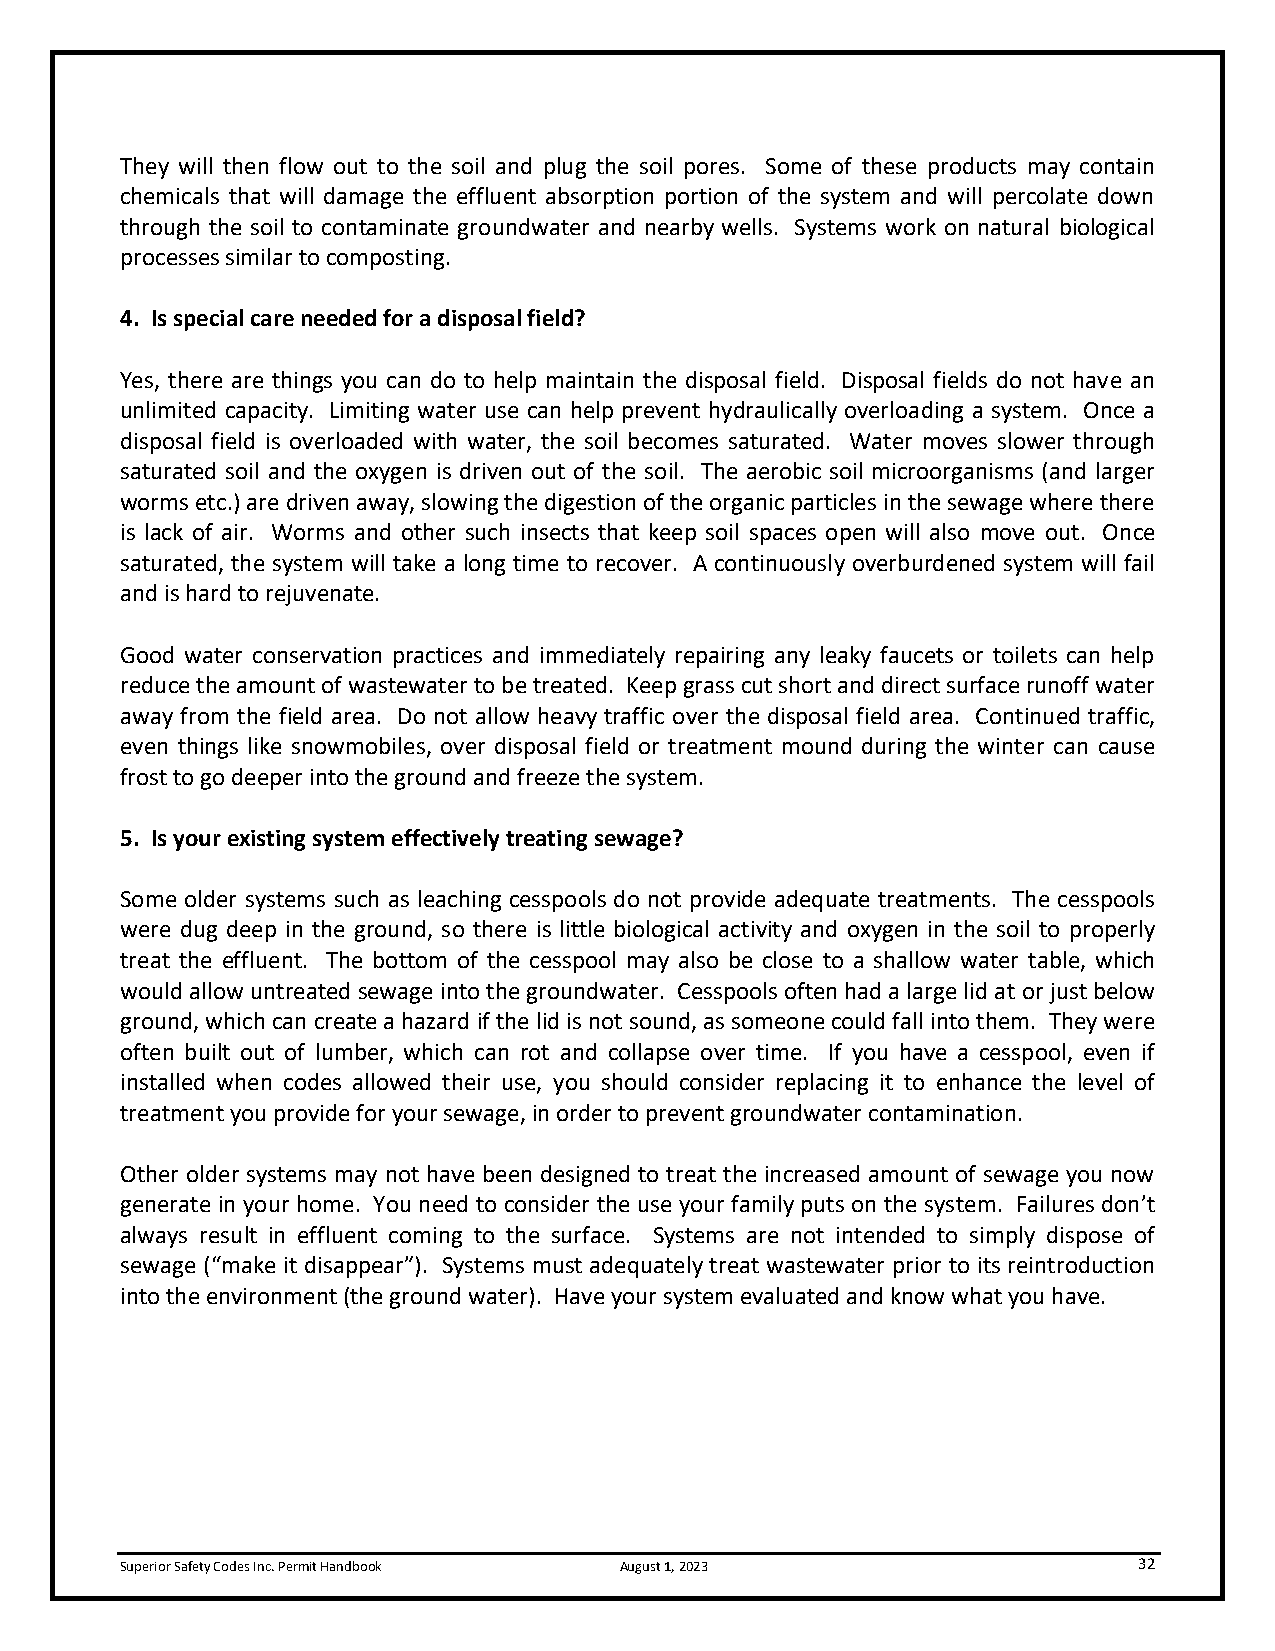
They will then flow out to the soil and plug the soil pores. Some of these products may contain
 chemicals that will damage the effluent absorption portion of the system and will percolate down
 through the soil to contaminate groundwater and nearby wells. Systems work on natural biological
 processes similar to composting.
 4. Is special care needed for a disposal field?
 Yes, there are things you can do to help maintain the disposal field. Disposal fields do not have an
 unlimited capacity. Limiting water use can help prevent hydraulically overloading a system. Once a
 disposal field is overloaded with water, the soil becomes saturated. Water moves slower through
 saturated soil and the oxygen is driven out of the soil. The aerobic soil microorganisms (and larger
 worms etc.) are driven away, slowing the digestion of the organic particles in the sewage where there
 is lack of air. Worms and other such insects that keep soil spaces open will also move out. Once
 saturated, the system will take a long time to recover. A continuously overburdened system will fail
 and is hard to rejuvenate.
 Good water conservation practices and immediately repairing any leaky faucets or toilets can help
 reduce the amount of wastewater to be treated. Keep grass cut short and direct surface runoff water
 away from the field area. Do not allow heavy traffic over the disposal field area. Continued traffic,
 even things like snowmobiles, over disposal field or treatment mound during the winter can cause
 frost to go deeper into the ground and freeze the system.
 5. Is your existing system effectively treating sewage?
 Some older systems such as leaching cesspools do not provide adequate treatments. The cesspools
 were dug deep in the ground, so there is little biological activity and oxygen in the soil to properly
 treat the effluent. The bottom of the cesspool may also be close to a shallow water table, which
 would allow untreated sewage into the groundwater. Cesspools often had a large lid at or just below
 ground, which can create a hazard if the lid is not sound, as someone could fall into them. They were
 often built out of lumber, which can rot and collapse over time. If you have a cesspool, even if
 installed when codes allowed their use, you should consider replacing it to enhance the level of
 treatment you provide for your sewage, in order to prevent groundwater contamination.
 Other older systems may not have been designed to treat the increased amount of sewage you now
 generate in your home. You need to consider the use your family puts on the system. Failures don’t
 always result in effluent coming to the surface. Systems are not intended to simply dispose of
 sewage (“make it disappear”). Systems must adequately treat wastewater prior to its reintroduction
 into the environment (the ground water). Have your system evaluated and know what you have.
 Superior Safety Codes Inc. Permit Handbook August 1, 2023          32